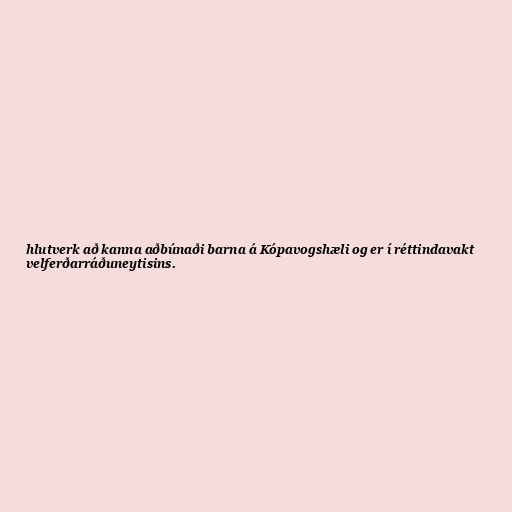
hlutverk að kanna aðbúnaði barna á Kópavogshæli og er í réttindavakt
velferðarráðuneytisins.